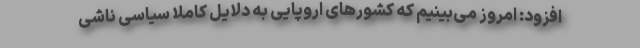
افزود: امروز می‌بینیم که کشورهای اروپایی به دلایل کاملاً سیاسی ناشی